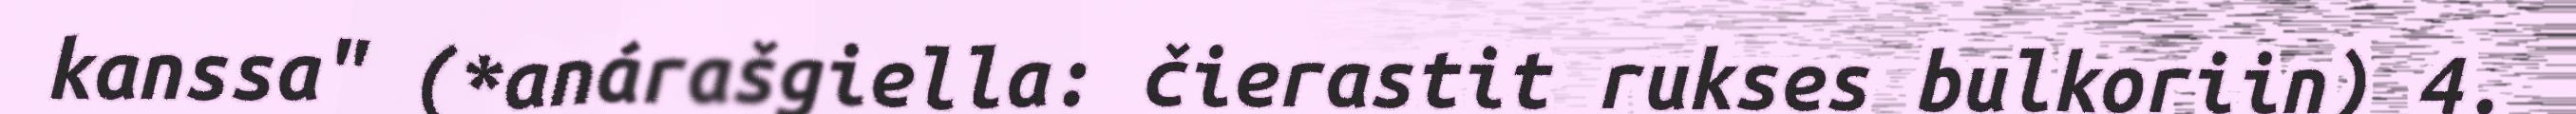
kanssa" (*anárašgiella: čierastit rukses bulkoriin) 4.